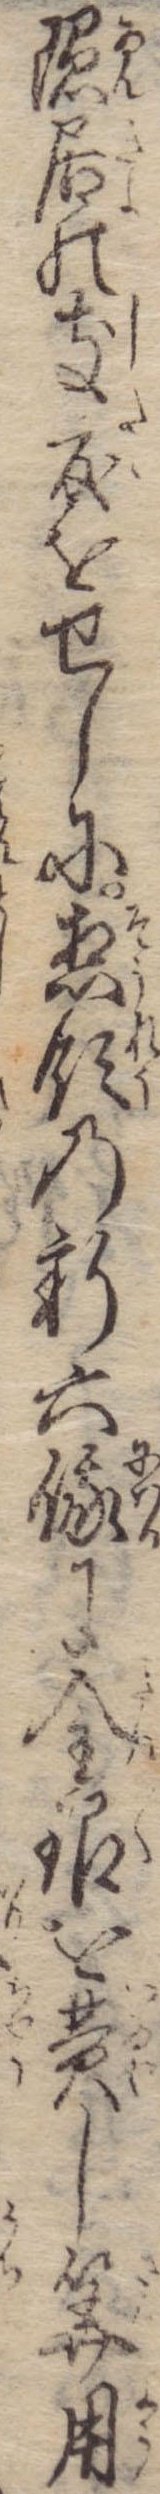
隠居の支度をせしに惣領の新六俄に金銀を費し算用